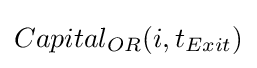
Capital_{OR}(i,t_{Exit})